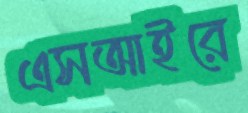
এসআইরে